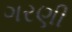
ગરણી